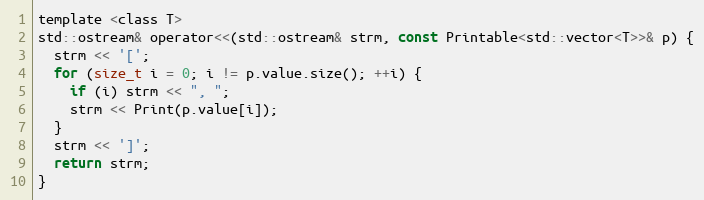
Language: C
template <class T>
std::ostream& operator<<(std::ostream& strm, const Printable<std::vector<T>>& p) {
  strm << '[';
  for (size_t i = 0; i != p.value.size(); ++i) {
    if (i) strm << ", ";
    strm << Print(p.value[i]);
  }
  strm << ']';
  return strm;
}